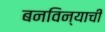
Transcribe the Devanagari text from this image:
बनविन्याची